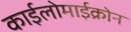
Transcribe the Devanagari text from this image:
काईलोमाईक्रोन